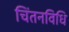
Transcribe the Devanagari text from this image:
चिंतनविधि